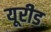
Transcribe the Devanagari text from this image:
यूरीड